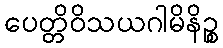
ပေတ္တိဝိသယဂါမိနိဉ္စ